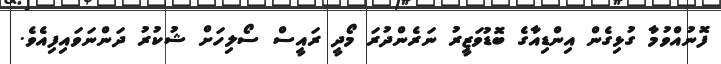
ފޮނުއްވުމާ ގުޅިގެން އިންޑިއާގެ ބޮޑުވަޒީރު ނަރެންދުރަ މޯދީ ރައީސް ސޯލިހަށް ޝުކުރު ދަންނަވައިފިއެވެ.